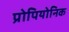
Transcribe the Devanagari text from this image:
प्रोपियोनिक